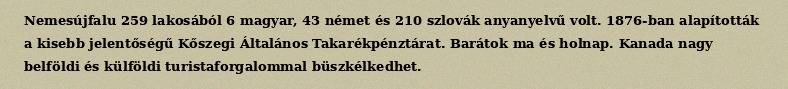
Nemesújfalu 259 lakosából 6 magyar, 43 német és 210 szlovák anyanyelvű volt. 1876-ban alapították a kisebb jelentőségű Kőszegi Általános Takarékpénztárat. Barátok ma és holnap. Kanada nagy belföldi és külföldi turistaforgalommal büszkélkedhet.